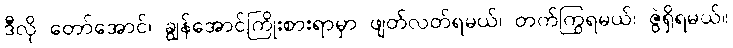
ဒီလို တော်အောင်၊ ချွန်အောင်ကြိုးစားရာမှာ ဖျတ်လတ်ရမယ်၊ တက်ကြွရမယ်၊ ဇွဲရှိရမယ်။